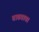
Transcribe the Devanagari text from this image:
वाढवावा